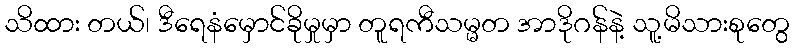
သိထား တယ်၊ ဒီရေနံမှောင်ခိုမှုမှာ တူရကီသမ္မတ အာဒိုဂန်နဲ့ သူ့မိသားစုတွေ